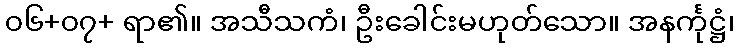
၀၆+၀၇+ ရာ၏။ အသီသကံ၊ ဦးခေါင်းမဟုတ်သော။ အနင်္ကုဋ္ဌံ၊